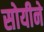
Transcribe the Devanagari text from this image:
सोयीने